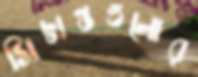
সিদ্ধান্তগুলোর